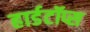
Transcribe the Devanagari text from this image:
हार्डटॉप्स